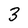
Character: 3